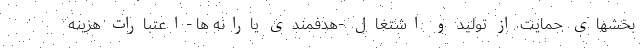
بخشهای حمایت از تولید و اشتغال -هدفمندی یارانه ها -اعتبارات هزینه